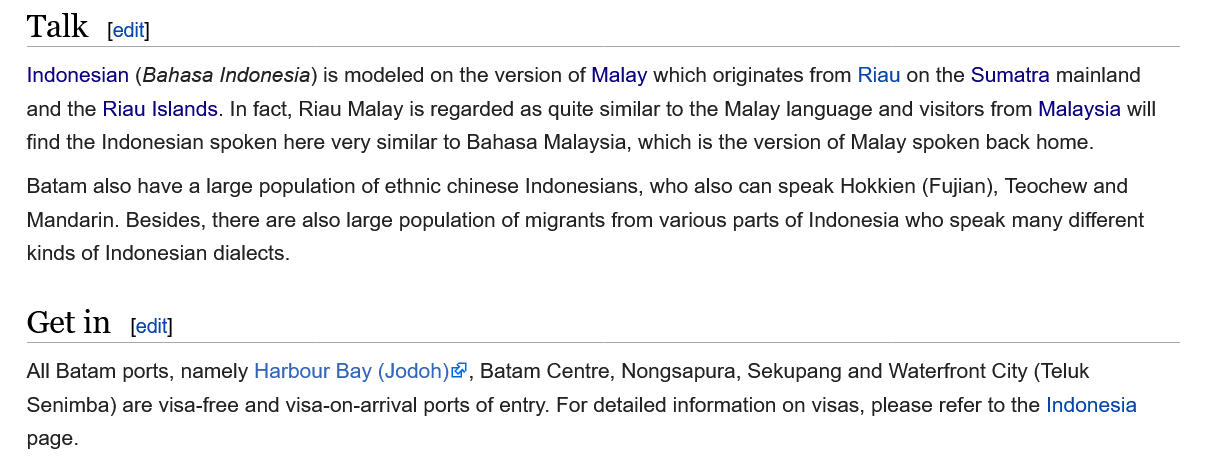
Talk
   Get   in
   Indonesian (Bahasa Indonesia) is modeled on the version of Malay which originates from Riau on the Sumatra mainland
   and the Riau Islands. In fact, Riau Malay is regarded as quite similar to the Malay language and visitors from Malaysia will
   find the Indonesian spoken here very similar to Bahasa Malaysia, which is the version of Malay spoken back home.
   Batam also have a large population of ethnic chinese Indonesians, who also can speak Hokkien (Fujian), Teochew and
   Mandarin. Besides, there are also large population of migrants from various parts of Indonesia who speak many different
   kinds of Indonesian dialects.
   All Batam ports, namely Harbour Bay (Jodoh)&’, Batam Centre, Nongsapura, Sekupang and Waterfront City (Teluk
   Senimba) are visa-free and visa-on-arrival ports of entry. For detailed information on visas, please refer to the Indonesia
   page.